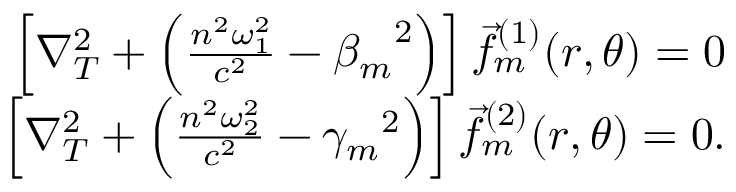
\begin{array} { r } { \left[ \nabla _ { T } ^ { 2 } + \left( \frac { n ^ { 2 } \omega _ { 1 } ^ { 2 } } { c ^ { 2 } } - { \beta _ { m } } ^ { 2 } \right) \right] \vec { f } _ { m } ^ { ( 1 ) } ( r , \theta ) = 0 } \\ { \left[ \nabla _ { T } ^ { 2 } + \left( \frac { n ^ { 2 } \omega _ { 2 } ^ { 2 } } { c ^ { 2 } } - { \gamma _ { m } } ^ { 2 } \right) \right] \vec { f } _ { m } ^ { ( 2 ) } ( r , \theta ) = 0 . } \end{array}